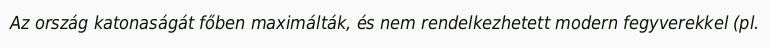
Az ország katonaságát főben maximálták, és nem rendelkezhetett modern fegyverekkel (pl.